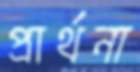
প্রার্থনা